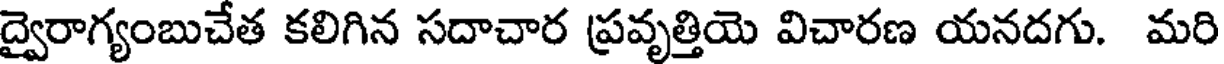
ద్వైరాగ్యంబుచేత కలిగిన సదాచార ప్రవృత్తియె విచారణ యనదగు. మరి